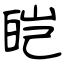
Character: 皑